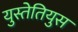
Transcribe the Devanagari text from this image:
युस्तेतियुस